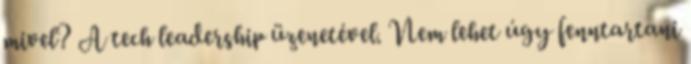
mivel? A tech leadership üzenetével. Nem lehet úgy fenntartani